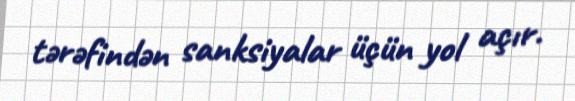
tərəfindən sanksiyalar üçün yol açır.